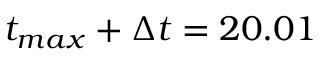
t _ { m a x } + \Delta t = 2 0 . 0 1